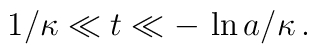
\:1/\kappa \ll t \ll -\,\ln a /\kappa \,.\: